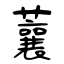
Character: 蘘